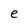
Character: e